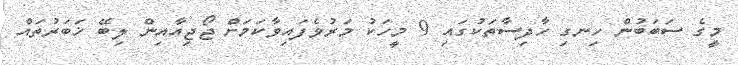
މީގެ ސަބަބުން ހިނގި ހާދިސާތަކުގައި 9 މީހަކު މަރުވެފައިވާކަމަށް ޖޯޖިއާއިން ލިބޭ ޚަބަރުތައް